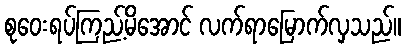
စုဝေးရပ်ကြည့်မိအောင် လက်ရာမြောက်လှသည်။